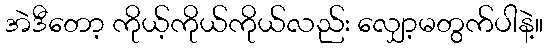
အဲဒီတော့ ကိုယ့်ကိုယ်ကိုယ်လည်း လျှော့မတွက်ပါနဲ့။